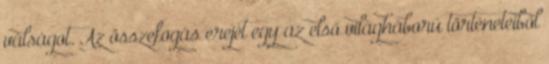
válságot. Az összefogás erejét egy az első világháború történeteiből